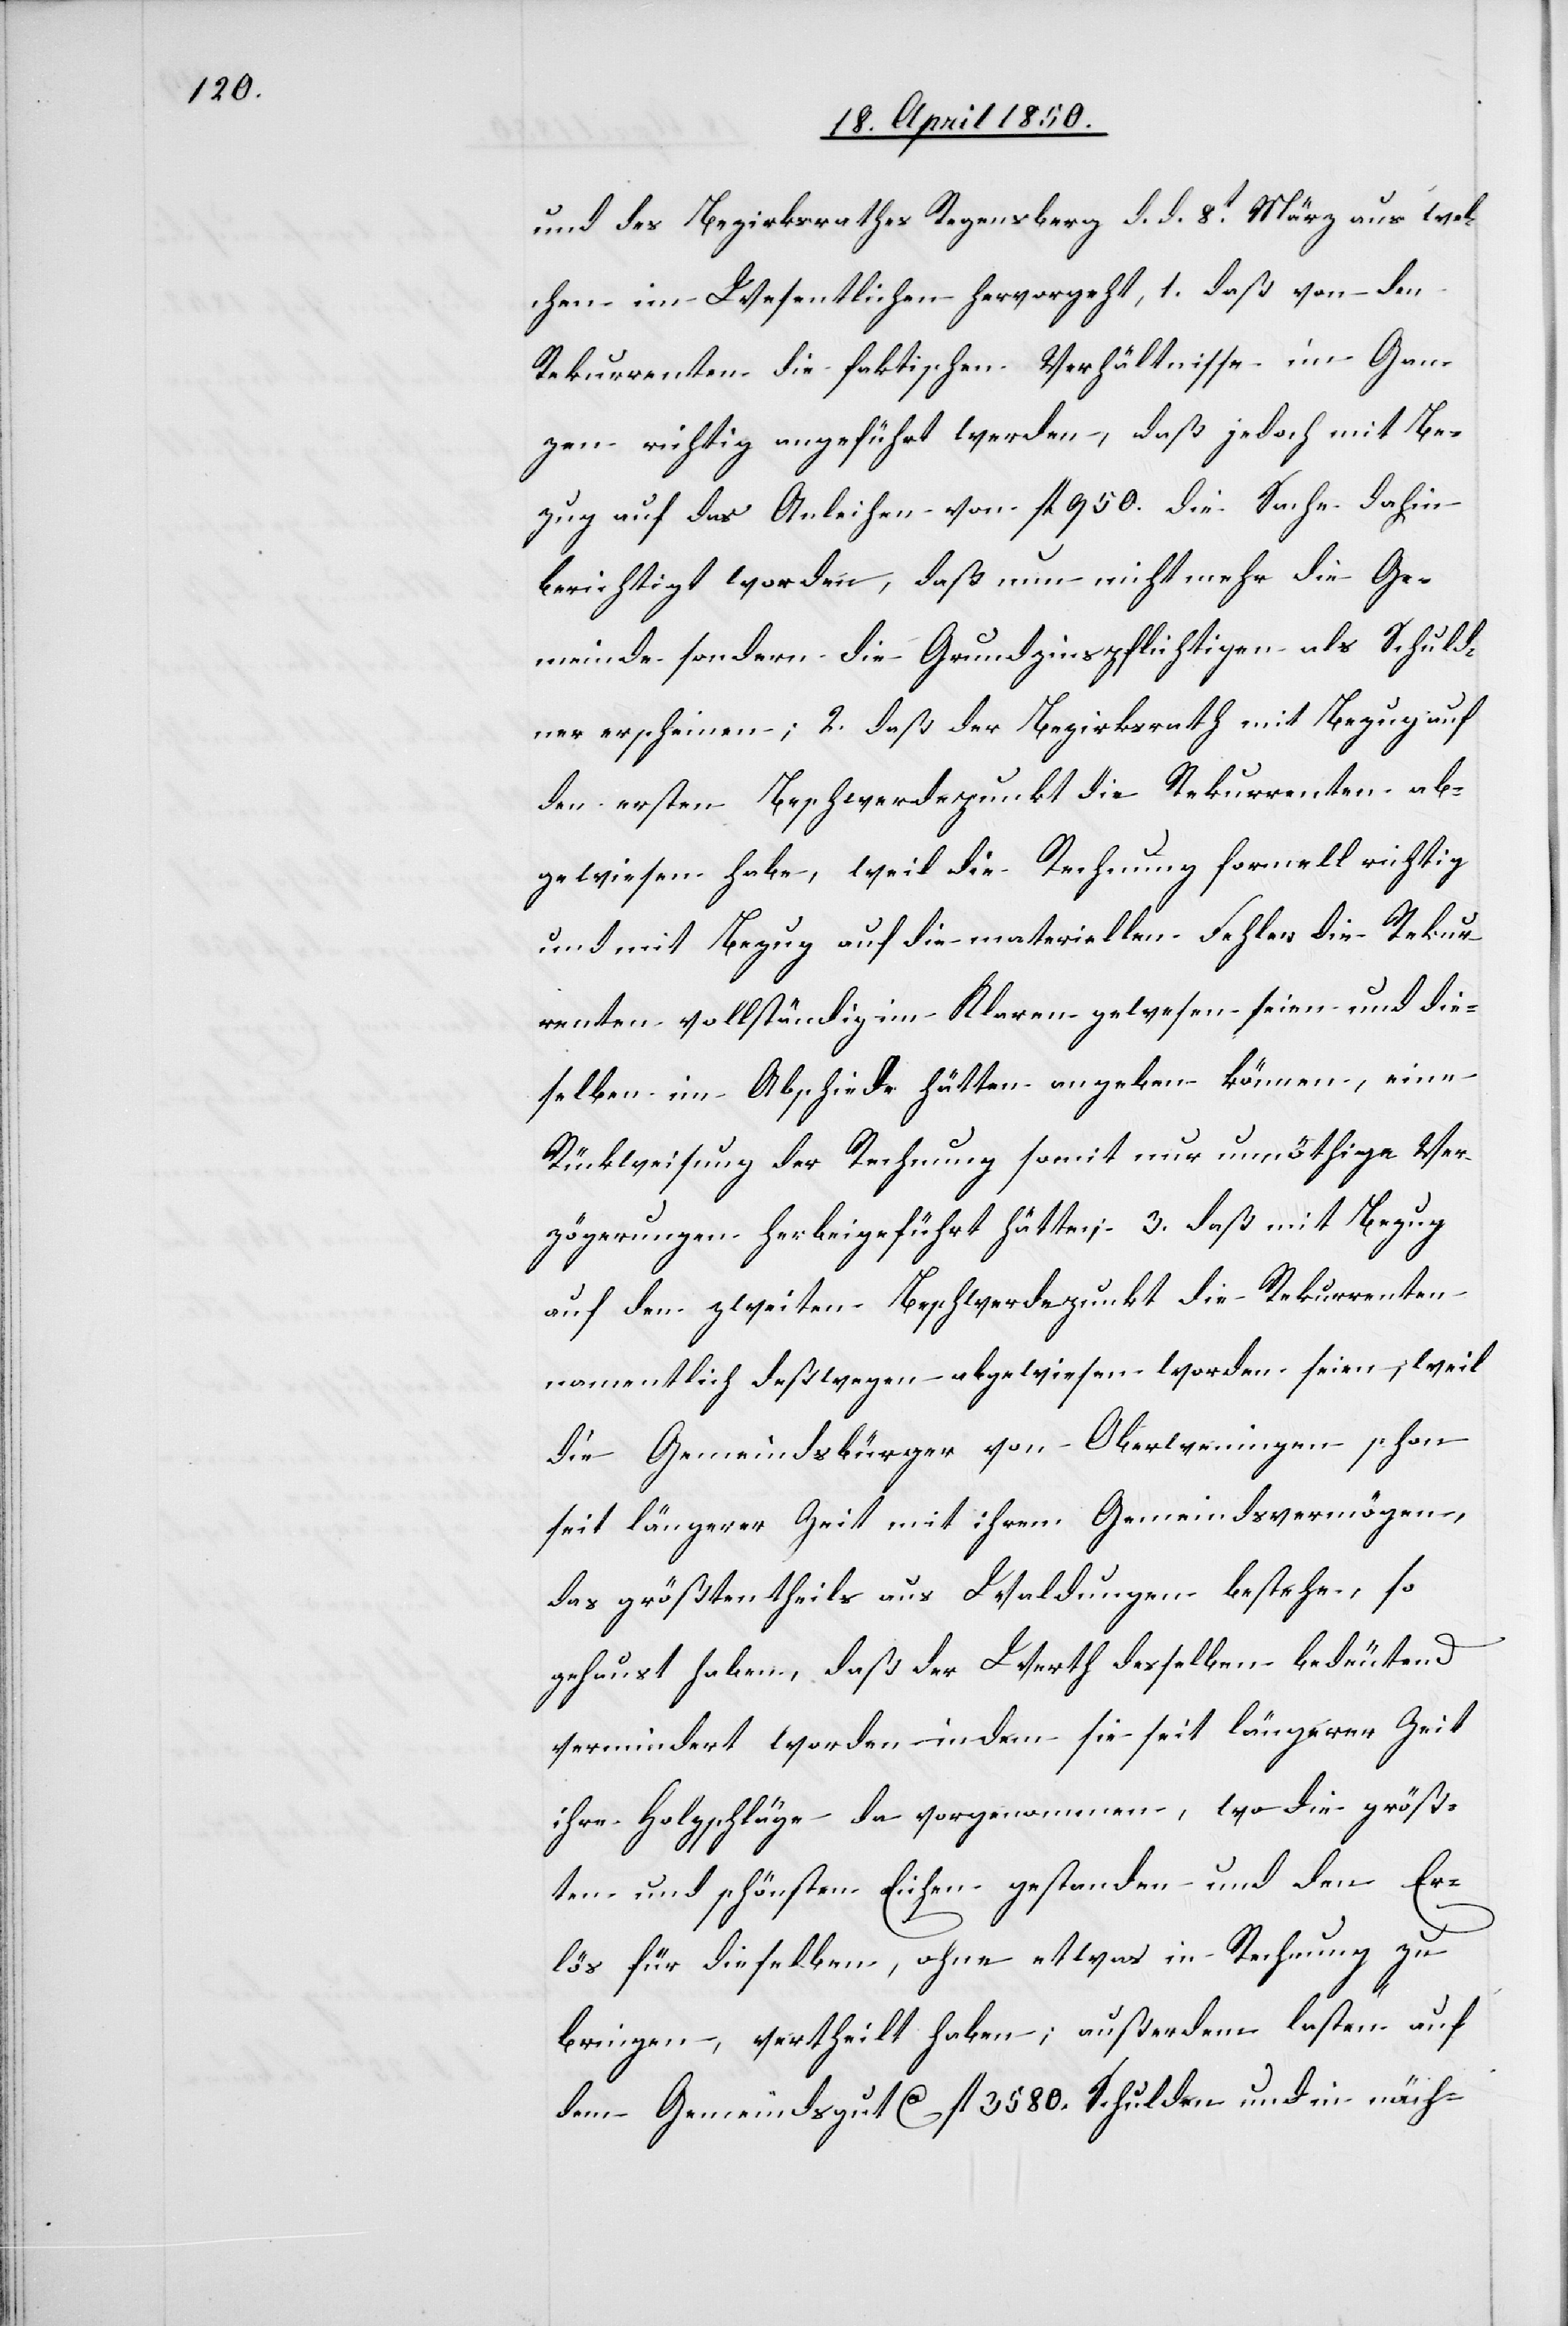
und des Bezirksrathes Regensberg d. d. 8t März aus wel¬
chen im Wesentlichen hervorgeht, 1. daß von den
Rekurrenten die faktischen Verhältnisse im Gan¬
zen richtig angeführt werden, daß jedoch mit Be¬
zug auf das Anleihen von fl 950. die Sache dahin
berichtigt worden, daß nun nicht mehr die Ge¬
meinde sondern die Grundzinspflichtigen als Schuld¬
ner erscheinen; 2. daß der Bezirksrath mit Bezug auf
den ersten Beschwerdepunkt die Rekurrenten ab¬
gewiesen habe, weil die Rechnung formell richtig
und mit Bezug auf die materiellen Fehler die Rekur¬
renten vollständig im Klaren gewesen seien und die¬
selben im Abschiede hätten angeben können, eine
Rückweisung der Rechnung somit nur unnöthige Ver¬
zögerungen herbeigeführt hätte, 3. daß mit Bezug
auf den zweiten Beschwerdepunkt die Rekurrenten
namentlich deßwegen abgewiesen worden seien, weil
die Gemeindsbürger von Oberweningen schon
seit längerer Zeit mit ihrem Gemeindsvermögen,
das größtentheils aus Waldungen bestehe, so
gehaust haben, daß der Werth desselben bedeutend
vermindert worden indem sie seit längerer Zeit
ihre Holzschläge da vorgenommen, wo die größ¬
ten und schönsten Eichen gestanden und den Er¬
lös für dieselben, ohne etwas in Rechnung zu
bringen, vertheilt haben; außerdem lasten auf
dem Gemeindsgut Ca fl 3580. Schulden und in näch-